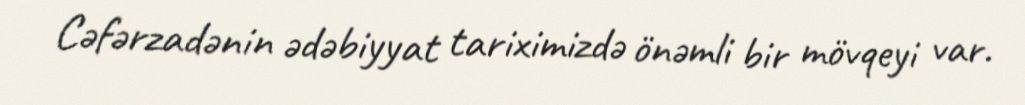
Cəfərzadənin ədəbiyyat tariximizdə önəmli bir mövqeyi var.